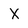
Character: X